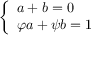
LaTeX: \left\{ { \begin{array} { l } { a + b = 0 } \\ { \varphi a + \psi b = 1 } \end{array} } \right.